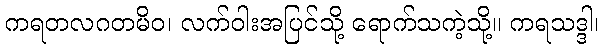
ကရတလဂတမိဝ၊ လက်ဝါးအပြင်သို့ ရောက်သကဲ့သို့။ ကရသဒ္ဒါ၊